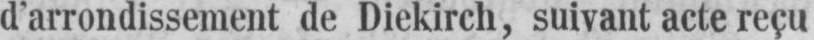
d’arrondissement de Diekirch, suivant acte reçu